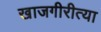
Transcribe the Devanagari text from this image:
खाजगीरीत्या